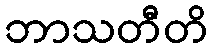
ဘာသတီတိ